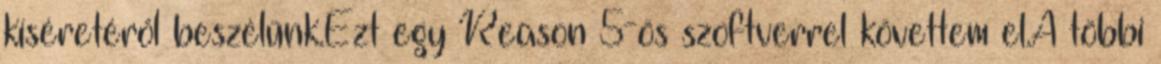
kíséretéről beszélünk.Ezt egy Reason 5-ös szoftverrel követtem el.A többi